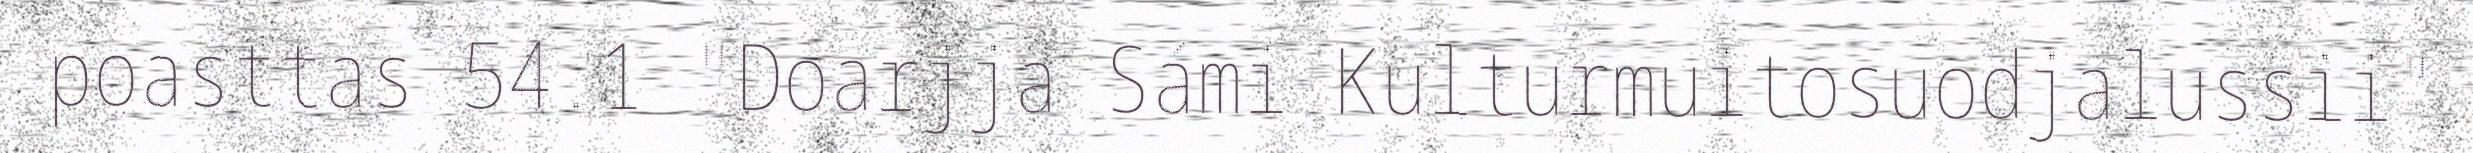
poasttas 54.1 "Doarjja Sámi Kulturmuitosuodjalussii"